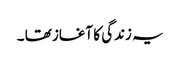
یہ زندگی کا آغاز تھا ۔